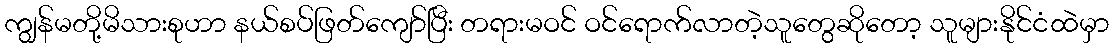
ကျွန်မတို့မိသားစုဟာ နယ်စပ်ဖြတ်ကျော်ပြီး တရားမဝင် ဝင်ရောက်လာတဲ့သူတွေဆိုတော့ သူများနိုင်ငံထဲမှာ